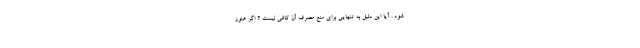
شود . آیا این دلیل به تنهایی برای منع مصرف آن کافی نیست ؟ اگر هنوز